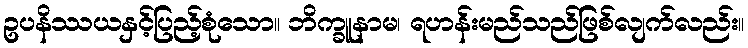
ဥပနိဿယနှင့်ပြည့်စုံသော။ ဘိက္ခူနာမ၊ ရဟန်းမည်သည်ဖြစ်လျက်လည်း။